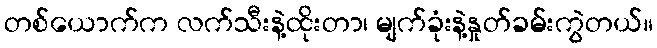
တစ်ယောက်က လက်သီးနဲ့ထိုးတာ၊ မျက်ခုံးနဲ့နှုတ်ခမ်းကွဲတယ်။